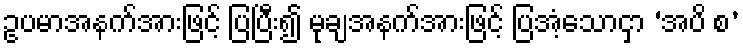
ဥပမာအနက်အားဖြင့် ပြပြီး၍ မုချအနက်အားဖြင့် ပြအံ့သောငှာ ‘အပိ စ’